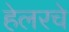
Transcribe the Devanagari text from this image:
हेलरचे